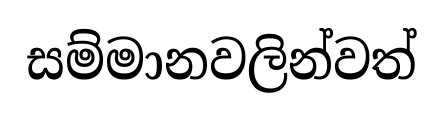
සම්මානවලින්වත්